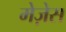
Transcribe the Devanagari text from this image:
मेज़ेस